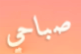
صباحي